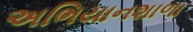
અભિયાનશાળા